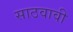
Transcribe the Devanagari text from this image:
साठवावी